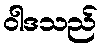
ဝါဒသည်